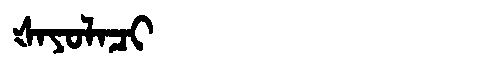
Manchu: ᡧᠠᠶᠣᠯᠠᠴᡳ
Romanization: ŠAYOLACI